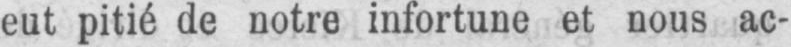
eut pitié de notre infortune et nous ac-